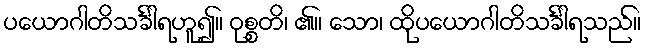
ပယောဂါတိသင်္ခါရဟူ၍။ ဝုစ္စတိ၊ ၏။ သော၊ ထိုပယောဂါတိသင်္ခါရသည်။